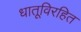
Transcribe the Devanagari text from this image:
धातूविरहित